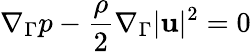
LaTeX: \nabla_{\Gamma}p-\frac\rho 2\nabla_{\Gamma}|\mathbf u|^{2}=0